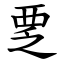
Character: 覂